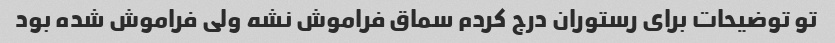
تو توضیحات برای رستوران درج کردم سماق فراموش نشه ولی فراموش شده بود